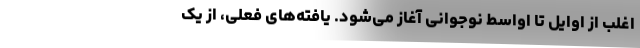
اغلب از اوایل تا اواسط نوجوانی آغاز می‌شود. یافته‌های فعلی، از یک